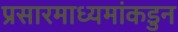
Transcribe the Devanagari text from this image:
प्रसारमाध्यमांकडुन